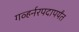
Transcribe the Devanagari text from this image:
गव्हर्नरपदापर्यंत